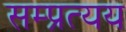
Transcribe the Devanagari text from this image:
सम्प्रत्यय